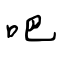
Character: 吧